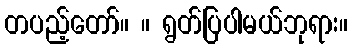
တပည့်တော်။ ။ ရွတ်ပြပါမယ်ဘုရား။